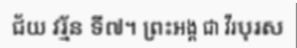
ជ័យ វរ្ម័ន ទី៧។ ព្រះអង្គ ជា វីរបុរស